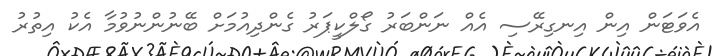
އެވަޓަން އިން އިނގިރޭސި އެއް ނަންބަރު ގޯލްކީޕަރު ގެންދިއުމަށް ބޭނުންނުވުމާ އެކު އިތުރު